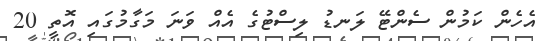
އެހެން ކަމުން ސެންޓޭ ލަނޑު ލިސްޓުގެ އެއް ވަަނަ މަގާމުގައި އޮތީ 20